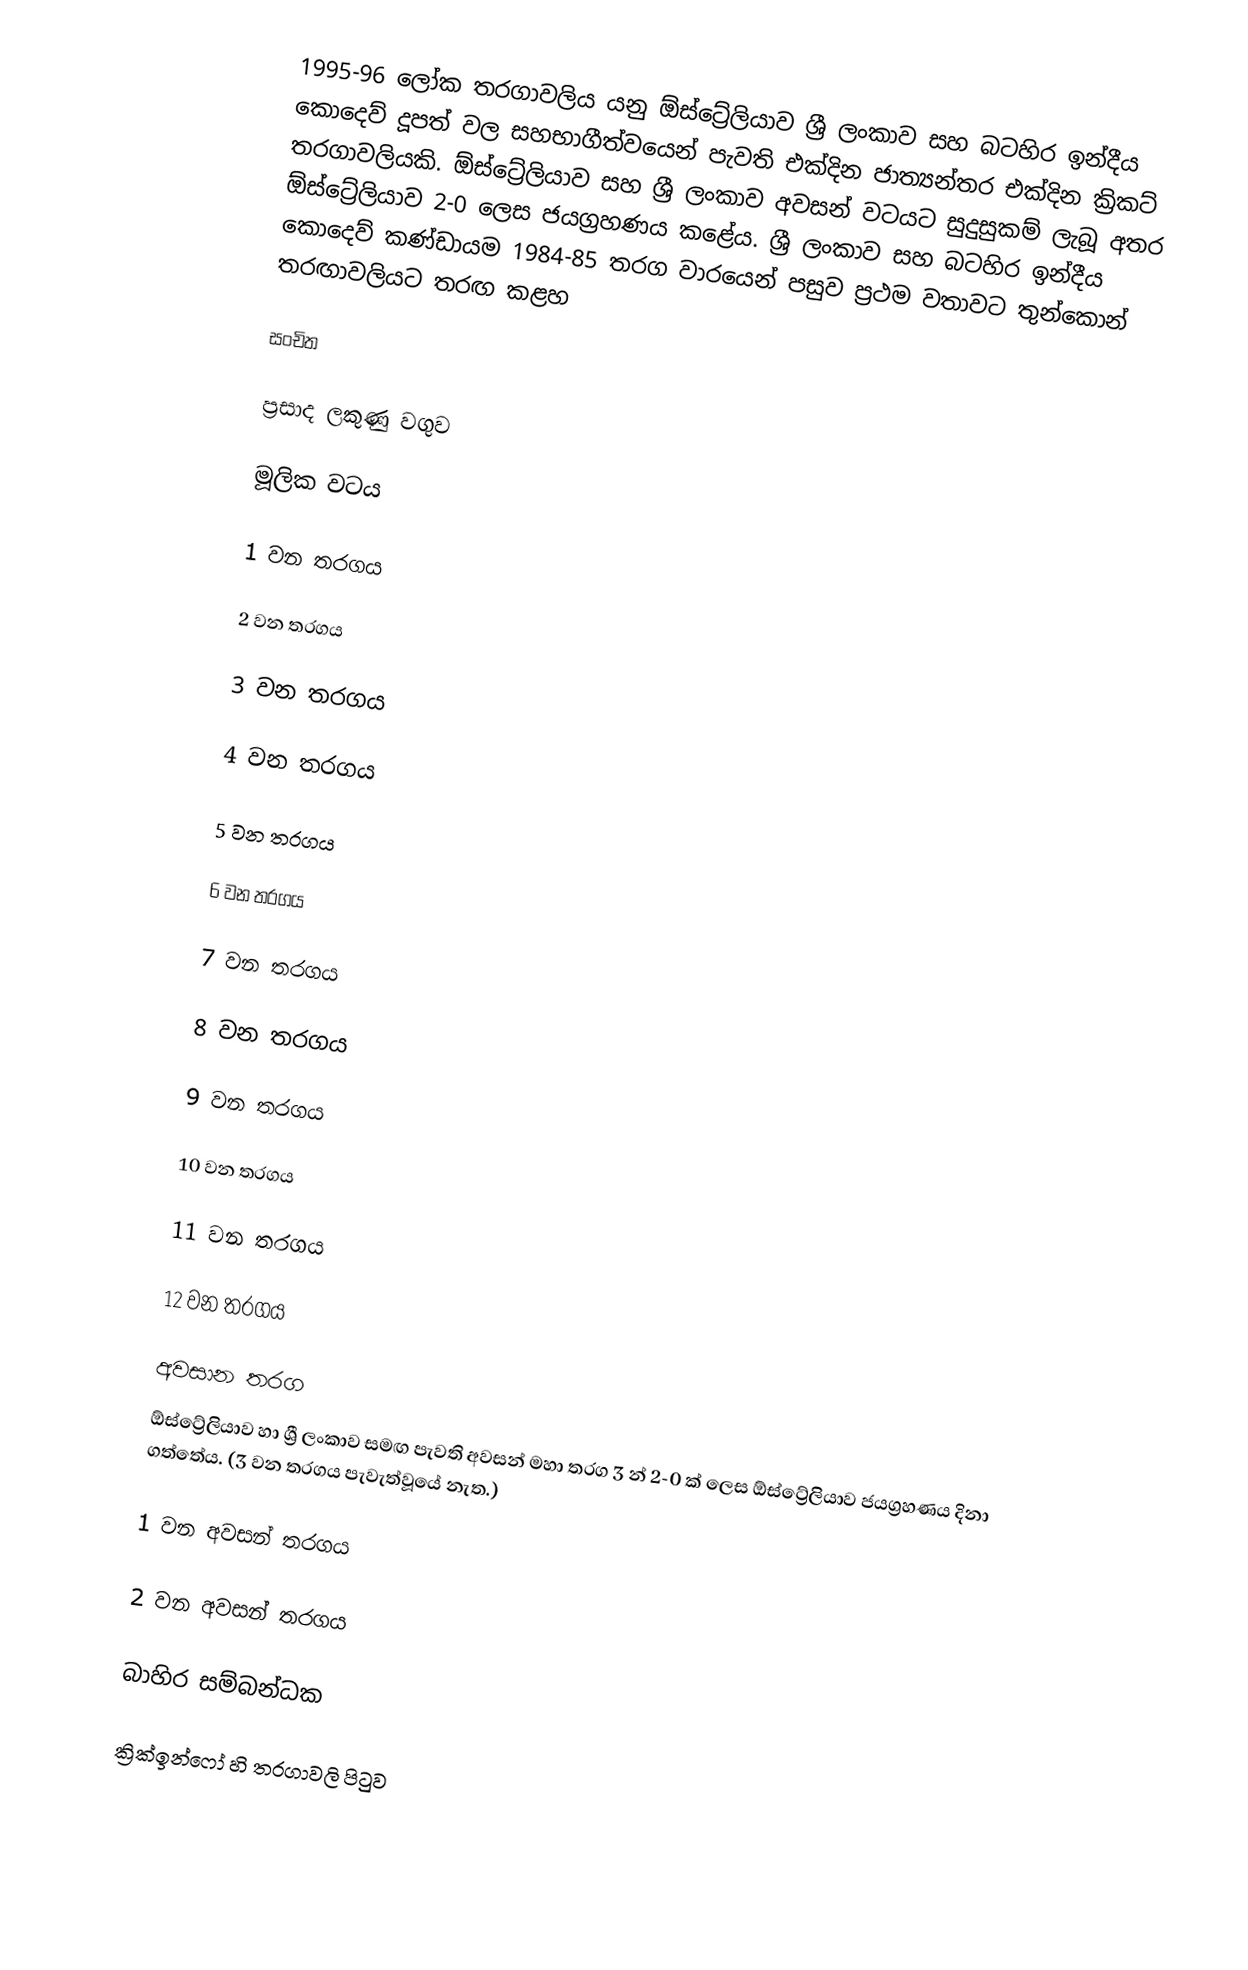
1995-96 ලෝක තරගාවලිය යනු ඕස්ට්‍රේලියාව ශ්‍රී ලංකාව සහ බටහිර ඉන්දීය කොදෙව් දූපත් වල සහභාගීත්වයෙන් පැවති එක්දින ජාත්‍යන්තර එක්දින ක්‍රිකට් තරගාවලියකි. ඕස්ට්‍රේලියාව සහ ශ්‍රී ලංකාව අවසන් වටයට සුදුසුකම් ලැබූ අතර ඕස්ට්‍රේලියාව 2-0 ලෙස ජයග්‍රහණය කළේය. ශ්‍රී ලංකාව සහ බටහිර ඉන්දීය කොදෙව් කණ්ඩායම 1984-85 තරග වාරයෙන් පසුව ප්‍රථම වතාවට තුන්කොන් තරඟාවලියට තරඟ කළහ

සංචිත

ප්‍රසාද ලකුණු වගුව

මූලික වටය

1 වන තරගය

2 වන තරගය

3 වන තරගය

4 වන තරගය

5 වන තරගය

6 වන තරගය

7 වන තරගය

8 වන තරගය

9 වන තරගය

10 වන තරගය

11 වන තරගය

12 වන තරගය

අවසාන තරග
ඕස්ට්‍රේලියාව හා ශ්‍රී ලංකාව සමඟ පැවති අවසන් මහා තරග 3 න් 2-0 ක් ලෙස ඕස්ට්‍රේලියාව ජයග්‍රහණය දිනා ගත්තේය. (3 වන තරගය පැවැත්වූයේ නැත.)

1 වන අවසන් තරගය

2 වන අවසන් තරගය

බාහිර සම්බන්ධක

 ක්‍රික්ඉන්ෆෝ හි තරගාවලි පිටුව